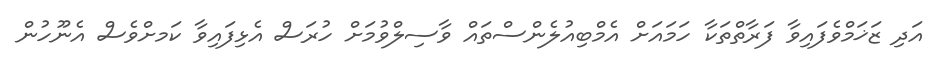
އަދި ޒަޚަމްވެފައިވާ ފަރާތްތަކާ ހަމައަށް އެމްބިއުލެންސްތައް ވާސިލްވުމަށް ހުރަސް އެޅިފައިވާ ކަމށްވެސް އެނޫހުން